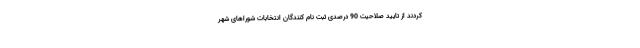
کردند از تایید صلاحیت 90 درصدی ثبت نام کنندگان انتخابات شورا‌های شهر